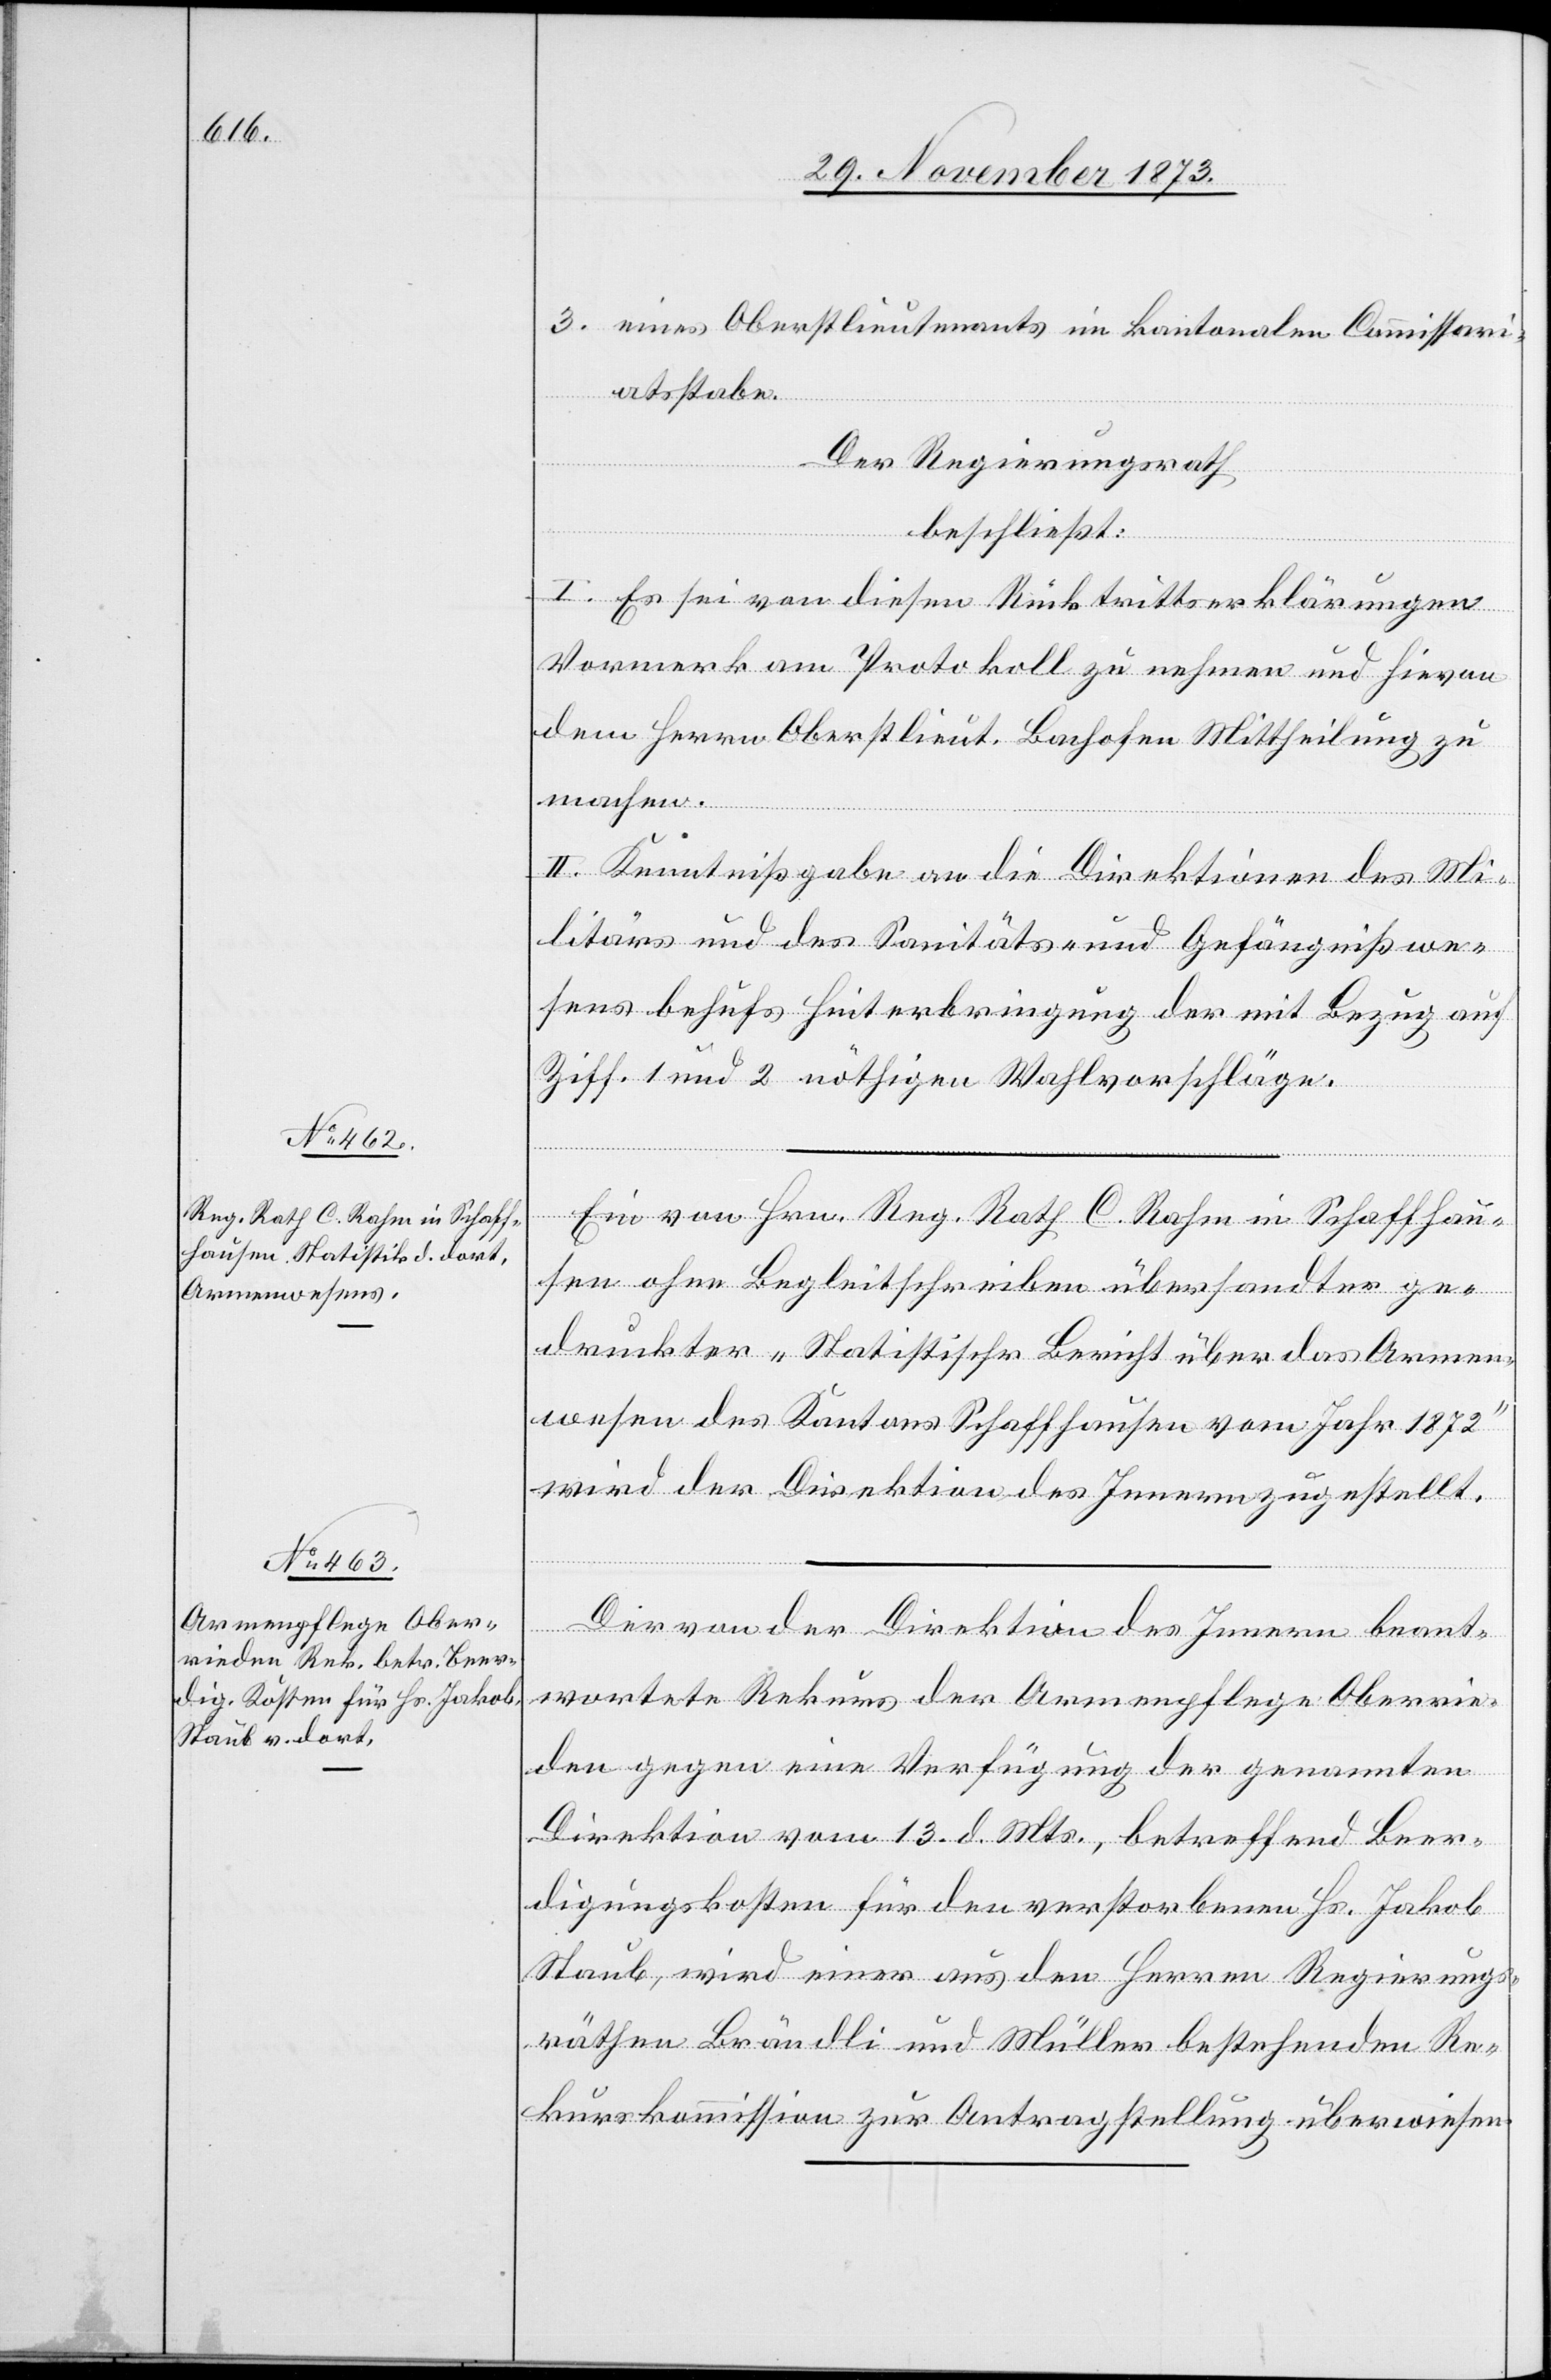
3. eines Oberstlieutenants im kantonalen Commissari¬
atsstabe.
Der Regierungsrath
beschließt:
I. Es sei von diesen Rücktrittserklärungen
Vormerk am Protokoll zu nehmen und hievon
dem Herrn Oberstlieut. Bachofen Mittheilung zu
machen.
II. Kenntnißgabe an die Direktionen des Mi¬
litärs und des Sanitäts- und Gefängnißwe¬
sens behufs Hinterbringung der mit Bezug auf
Ziff. 1 und 2 nöthigen Wahlvorschläge.
Ein von Hrn. Reg. Rath C. Rahm in Schaffhau¬
sen ohne Begleitschreiben übersandter ge¬
druckter „Statistischer Bericht über das Armen¬
wesen des Kantons Schaffhausen vom Jahr 1872“
wird der Direktion des Innern zugestellt.
Der von der Direktion des Innern beant¬
wortete Rekurs der Armenpflege Oberrie¬
den gegen eine Verfügung der genannten
Direktion vom 13. d. Mts., betreffend Beer¬
digungskosten für den verstorbenen Hs. Jakob
Staub, wird einer aus den Herren Regierungs¬
räthen Brändli und Müller bestehenden Re¬
kurskommission zur Antragstellung überwiesen.